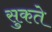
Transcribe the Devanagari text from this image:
सुकते